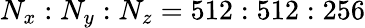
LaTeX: N_{x}:N_{y}:N_{z}=512:512:256